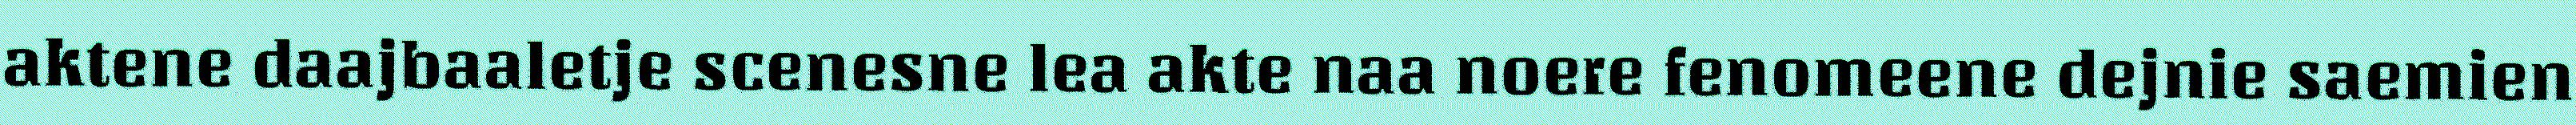
aktene daajbaaletje scenesne lea akte naa noere fenomeene dejnie saemien